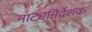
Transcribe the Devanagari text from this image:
नाट्यनिर्देशक